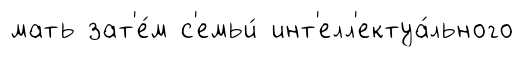
мать зат'е́м с'емьи́ инт'елл'ектуа́льного